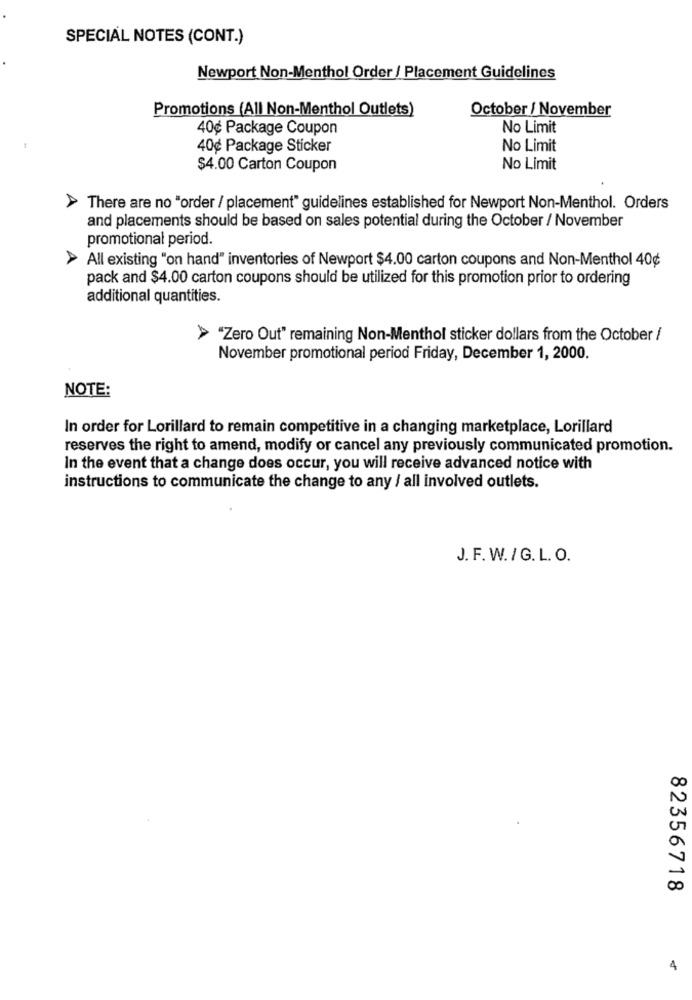
SPECIAL NOTES (CONT.)
Newport Non-Menthol Order / Placement Guidelines
Promotions (All Non-Menthol Outlets)
October / November
40¢ Package Coupon
No Limit
40¢ Package Sticker
No Limit
$4.00 Carton Coupon
No Limit
There are no "order / placement" guidelines established for Newport Non-Menthol. Orders
and placements should be based on sales potential during the October / November
promotional period.
> All existing "on hand" inventories of Newport $4.00 carton coupons and Non-Menthol 40¢
pack and $4.00 carton coupons should be utilized for this promotion prior to ordering
additional quantities.
"Zero Out" remaining Non-Menthol sticker dollars from the October /
November promotional period Friday, December 1, 2000.
NOTE:
In order for Lorillard to remain competitive in a changing marketplace, Lorillard
reserves the right to amend, modify or cancel any previously communicated promotion.
In the event that a change does occur, you will receive advanced notice with
instructions to communicate the change to any / all involved outlets.
J. F. W./G.L.O.
82356718
4